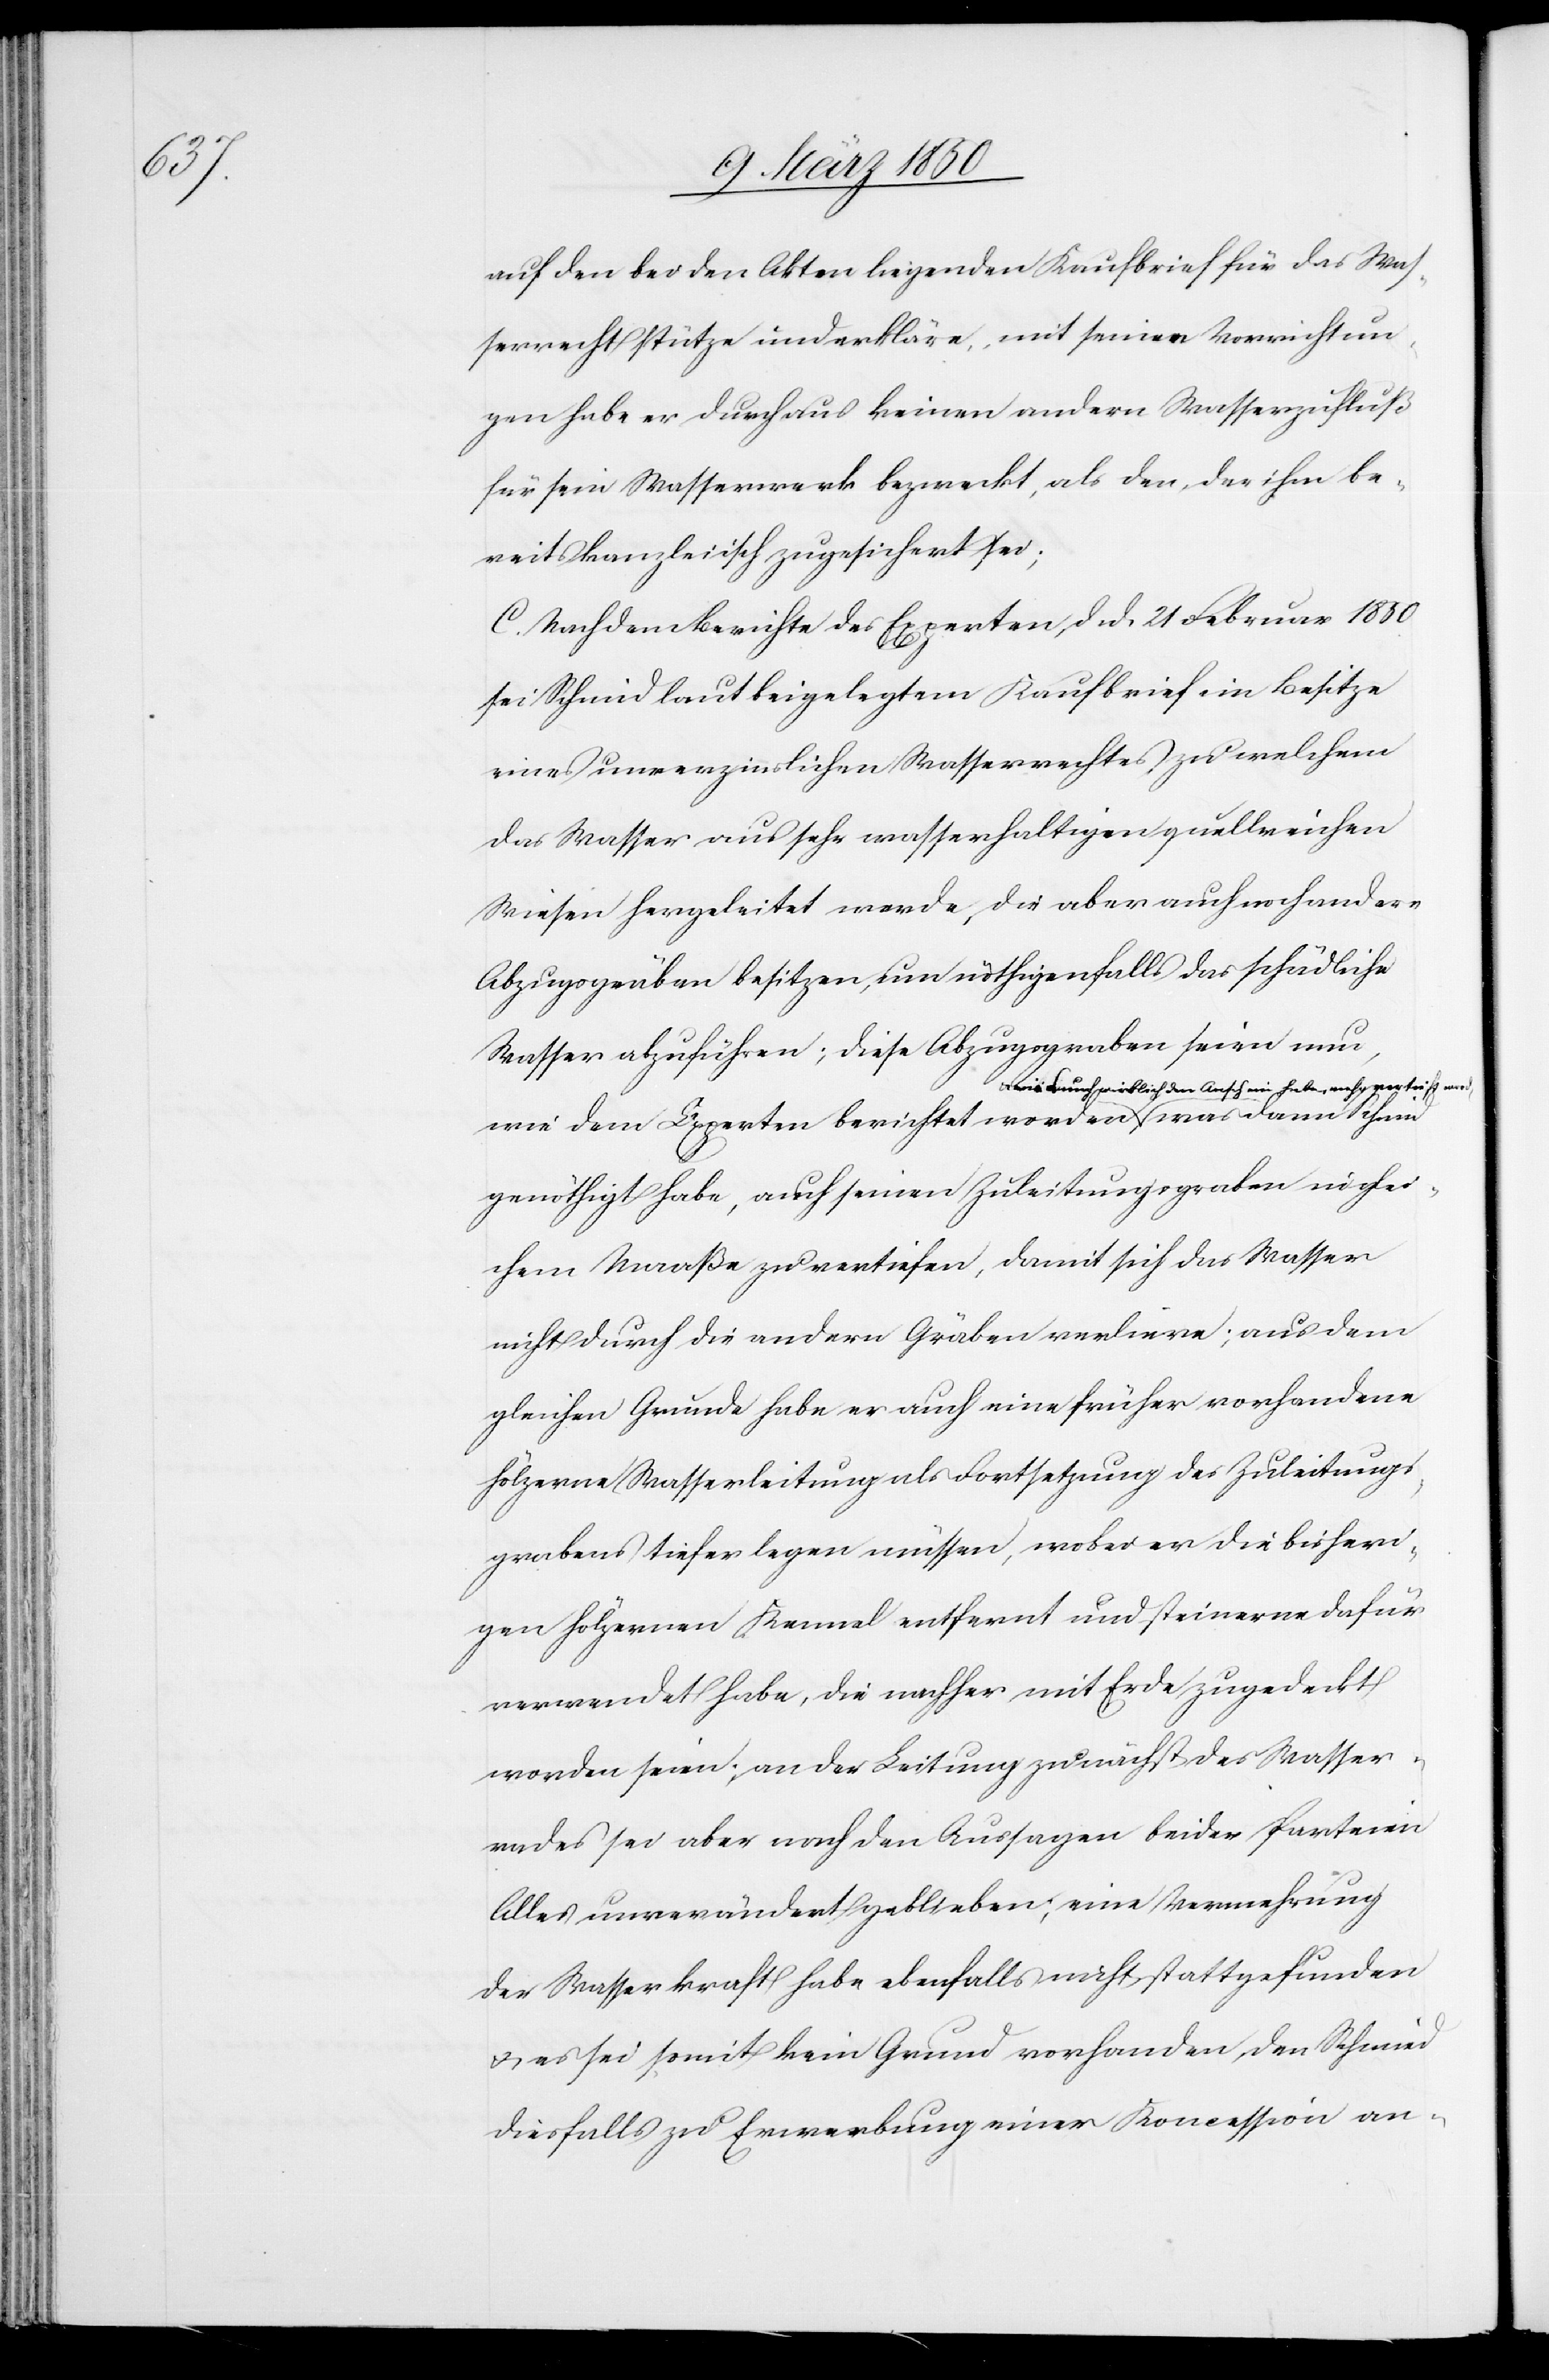
auf den bei den Akten liegenden Kaufbrief für das Was¬
serrecht stütze und erkläre, mit seinen Vorrichtun¬
gen habe er durchaus keinen andern Wasserzufluß
für sein Wasserwerk bezweckt, als den, der ihm be¬
reits kanzleiisch zugesichert sei;
C. Nach dem Berichte des Experten, d. d. 21 Februar 1850
sei Schmid laut beigelegtem Kaufbrief im Besitze
eines unverzinslichen Wasserrechtes zu welchem
das Wasser aus sehr wasserhaltigen quellreichen
Wiesen hergeleitet werde, die aber auch noch andere
Abzugsgräben besitzen, um nöthigenfalls das schädliche
Wasser abzuführen; diese Abzugsgraben seien nun,
wie dem Experten berichtet worden u. wie es auch
genöthigt habe, auch seinen Zuleitungsgraben in glei¬
chem Maaße zu vertiefen, damit sich das Wasser
nicht durch die andern Gräben verliere; aus dem
gleichen Grunde habe er auch eine früher vorhandene
hölzerne Wasserleitung als Fortsetzung des Zuleitungs¬
grabens tiefer legen müssen, wobei er die bisheri¬
gen hölzernen Kennel entfernt und steinerne dafür
verwendet habe, die nachher mit Erde zugedeckt
worden seien; an der Leitung zunächst des Wasser¬
rades sei aber nach den Aussagen beider Parteien
Alles unverändert geblieben; eine Vermehrung
der Wasserkraft habe ebenfalls nicht stattgefunden
u. es sei somit kein Grund vorhanden, den Schmied
diesfalls zu Erwerbung einer Koncession an-